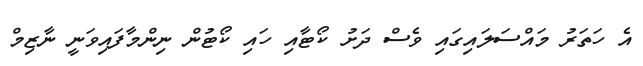
އެ ހަތަރު މައްސަލައިގައި ވެސް ދަށު ކޯޓާއި ހައި ކޯޓުން ނިންމާފައިވަނީ ނާޒިމް